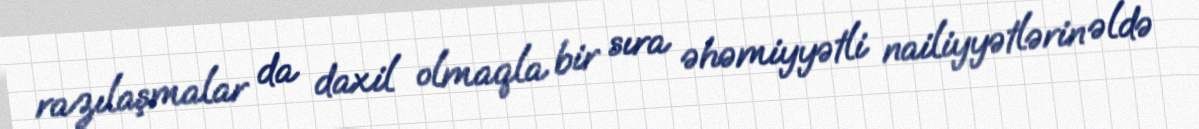
razılaşmalar da daxil olmaqla bir sıra əhəmiyyətli nailiyyətlərin əldə